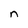
Character: n